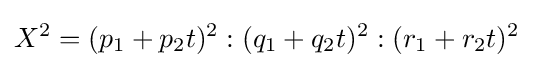
X^{2}=(p_{1}+p_{2}t)^{2}:(q_{1}+q_{2}t)^{2}:(r_{1}+r_{2}t)^{2}